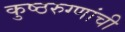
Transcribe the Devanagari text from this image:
कुष्ठरुग्णांची